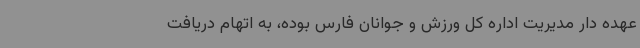
عهده دار مدیریت اداره کل ورزش و جوانان فارس بوده، به اتهام دریافت